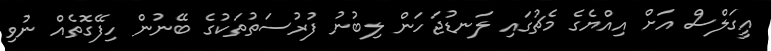
އީގަލްސް އަށް އިއްޔެގެ މެޗުގައި ލަނޑުޖަހަން ލިބުނު ފުރުސަތުތަކުގެ ބޭނުން ހިފޭގޮތެއް ނުވި